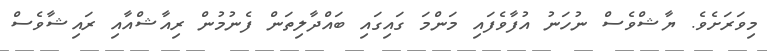
މިވަރަށެވެ. ޔާޝްވެސް ނުހަނު އުފާވެފައި މަންމަ ގައިގައި ބައްދާލިތަން ފެނުމުން ރިއާޝްއާއި ރައިޝާވެސް